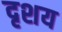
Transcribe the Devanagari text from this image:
दृशय